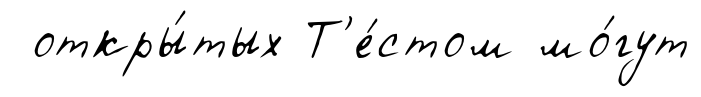
откры́тых Т'е́стом мо́гут